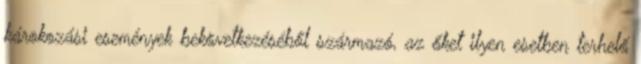
károkozási események bekövetkezéséből származó, az őket ilyen esetben terhelő